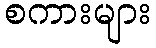
စကားများ